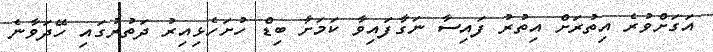
އަގަށްވުރެ އިތުރަށް އިތުރު ފައިސާ ނަގާފައިވާ ކަމަށާ ބިޑް ހުށަހެޅިިއިރު ދަތުރުގައި ހޭދަވާނެ